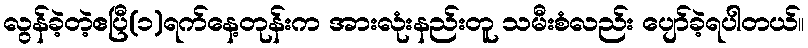
လွန်ခဲ့တဲ့ဧပြီ(၁)ရက်နေ့တုန်းက အားလုံးနည်းတူ သမီးစံလည်း ပျော်ခဲ့ရပါတယ်။